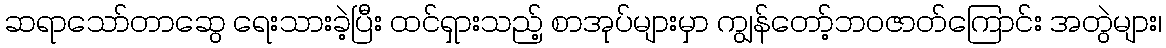
ဆရာသော်တာဆွေ ရေးသားခဲ့ပြီး ထင်ရှားသည့် စာအုပ်များမှာ ကျွန်တော့်ဘဝဇာတ်ကြောင်း အတွဲများ၊